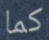
كما